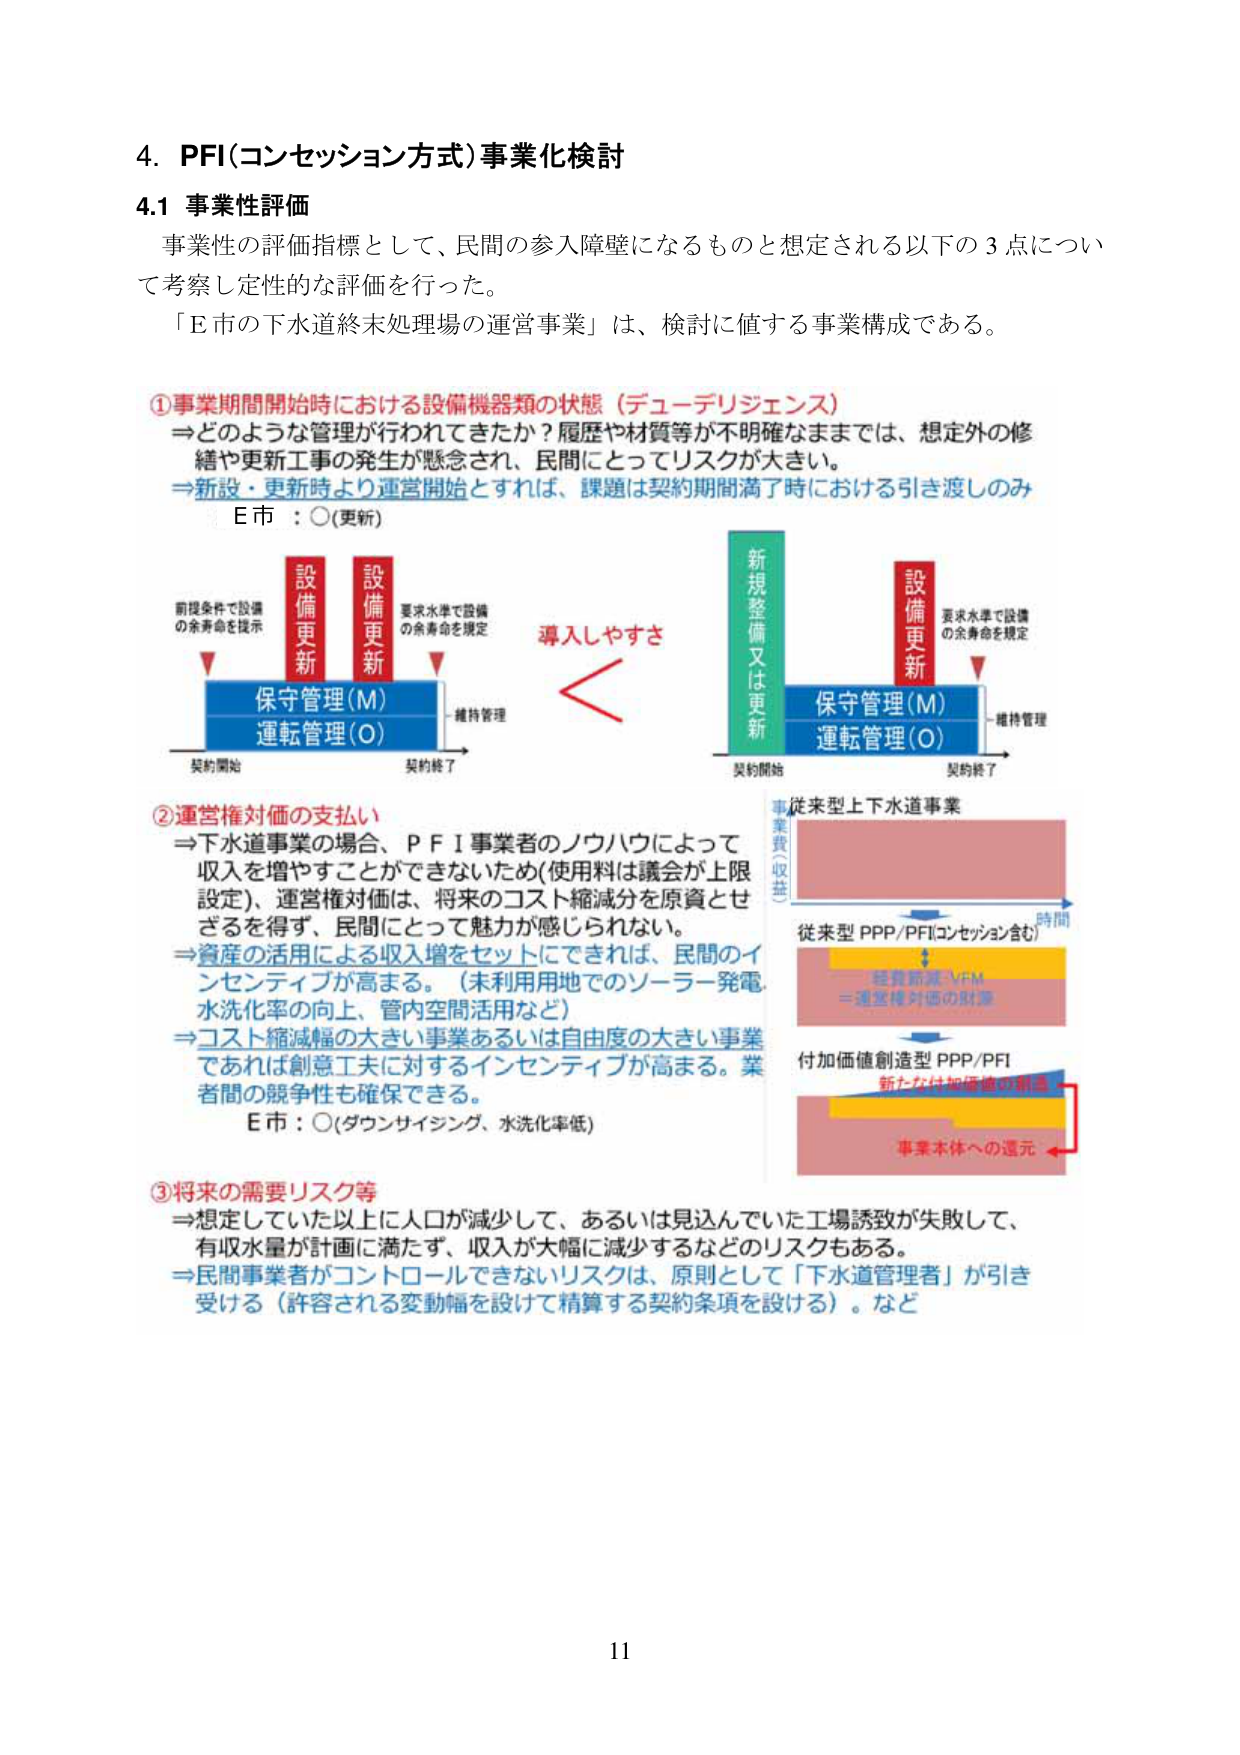
4. PFI(コンセッション方式)事業化検討
4.1 事業性評価
事業性の評価指標として、民間の参入障壁になるものと想定される以下の3点について考察し定性的な評価を行った。
「E市の下水道終末処理場の運営事業」は、検討に値する事業構成である。

①事業期間開始時における設備機器類の状態（デューデリジェンス）
⇒どのような管理が行われてきたか？履歴や材質等が不明確なままでは、想定外の修繕や更新工事の発生が懸念され、民間にとってリスクが大きい。
⇒新設・更新時より運営開始とすれば、課題は契約期間満了時における引き渡しのみ
E市：○(更新)

前提条件で設備の余寿命を提示
設備更新
設備更新
要求水準で設備の余寿命を規定
保守管理(M)
運転管理(O)
維持管理
契約開始
契約終了
導入しやすさ
新規整備又は更新
保守管理(M)
運転管理(O)
維持管理
契約開始
契約終了
要求水準で設備の余寿命を規定

②運営権対価の支払い
⇒下水道事業の場合、PFI事業者のノウハウによって収入を増やすことができないため(使用料は議会が上限設定)、運営権対価は、将来のコスト縮減分を原資とせざるを得ず、民間にとって魅力が感じられない。
⇒資産の活用による収入増をセットにできれば、民間のインセンティブが高まる。（未利用用地でのソーラー発電、水洗化率の向上、管内空間活用など）
⇒コスト縮減幅の大きい事業あるいは自由度の大きい事業であれば創意工夫に対するインセンティブが高まる。業者間の競争性も確保できる。
E市：○(ダウンサイジング、水洗化率低)

③将来の需要リスク等
⇒想定していた以上に人口が減少して、あるいは見込んでいた工場誘致が失敗して、有収水量が計画に満たず、収入が大幅に減少するなどのリスクもある。
⇒民間事業者がコントロールできないリスクは、原則として「下水道管理者」が引き受ける（許容される変動幅を設けて精算する契約条項を設ける）。など

従来型上下水道事業
事業費(収益)
時間
従来型PPP/PFI(コンセッション含む)
経費節減-VFM
＝運営権対価の財源
付加価値創造型PPP/PFI
新たな付加価値の創出
事業本体への還元

11